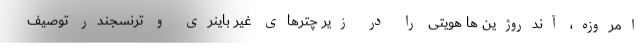
امروزه، آندروژین ها هویتی را در زیر چترهای غیر باینری و ترنسجندر توصیف